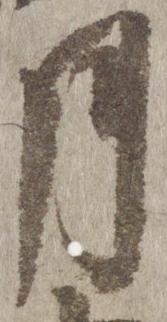
月